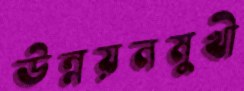
উন্নয়নমুখী